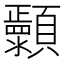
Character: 𬱐